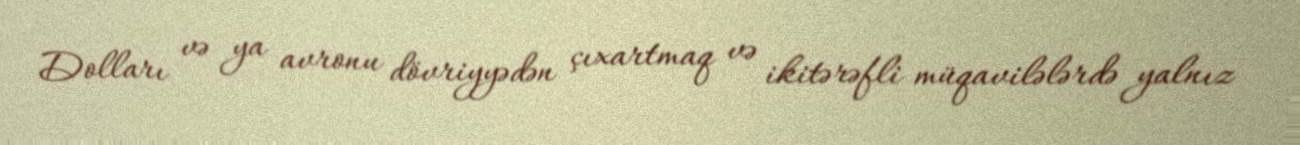
Dolları və ya avronu dövriyyədən çıxartmaq və ikitərəfli müqavilələrdə yalnız